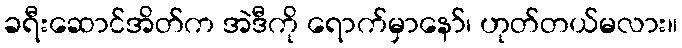
ခရီးဆောင်အိတ်က အဲဒီကို ရောက်မှာနော်၊ ဟုတ်တယ်မလား။